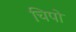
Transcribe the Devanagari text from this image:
चिपो